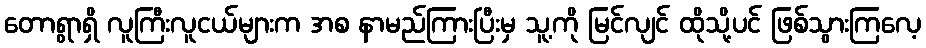
တောရွာရှိ လူကြီးလူငယ်များက အစ နာမည်ကြားပြီးမှ သူ့ကို မြင်လျင် ထိုသို့ပင် ဖြစ်သွားကြလေ့